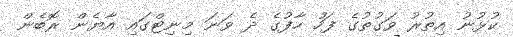
ކުޅުނު އިތުރު ވަގުތުގެ ފަހު ހާފުގެ ދެ ވަނަ މިނިޓްގައި އާޔެން ރޮބެން